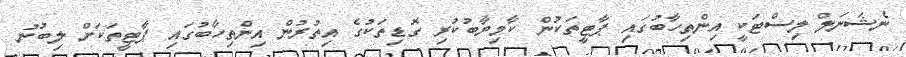
ނެޝަނަލް ލިސްޓަކީ އިންތިހާބުގައި ޕާޓީތަކުން ކާމިޔާބުކުރި ގޮޑިތަކުގެ އިތުރުން އިންތިހާބުގައި ޕާޓީތަކަށް ލިބުނު